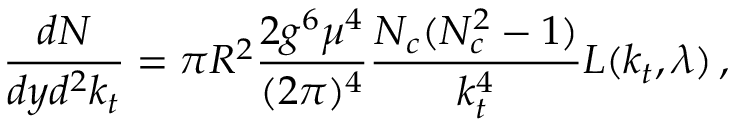
{ \frac { d N } { d y d ^ { 2 } k _ { t } } } = \pi R ^ { 2 } { \frac { 2 g ^ { 6 } \mu ^ { 4 } } { ( 2 \pi ) ^ { 4 } } } { \frac { N _ { c } ( N _ { c } ^ { 2 } - 1 ) } { k _ { t } ^ { 4 } } } L ( k _ { t } , \lambda ) \, ,